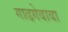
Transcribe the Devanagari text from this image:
गाढगेबाबा